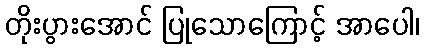
တိုးပွားအောင် ပြုသောကြောင့် အာပေါ၊